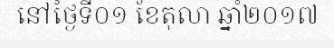
នៅថ្ងៃទី០១ ខែតុលា ឆ្នាំ២០១៧